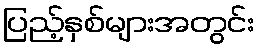
ပြည့်နှစ်များအတွင်း